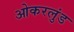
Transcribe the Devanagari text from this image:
ओकरलुंड